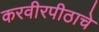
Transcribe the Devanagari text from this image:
करवीरपीठाचे